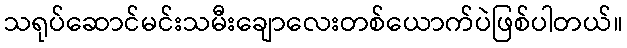
သရုပ်ဆောင်မင်းသမီးချောလေးတစ်ယောက်ပဲဖြစ်ပါတယ်။